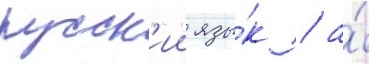
русск'ии язы́к / а́